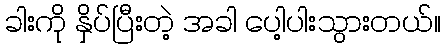
ခါးကို နှိပ်ပြီးတဲ့ အခါ ပေါ့ပါးသွားတယ်။